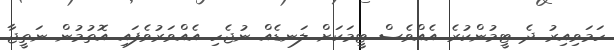
ހަމަވިއިރު ދެ ޓީމުންކުރެ އެއްވެސް ޓީމަކަށް ލަނޑެއް ނުޖެހި އެއްވަރުވެފައި އޮތުމުން ނަތީޖާ